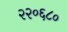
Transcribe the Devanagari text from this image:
२२०६८०